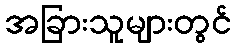
အခြားသူများတွင်